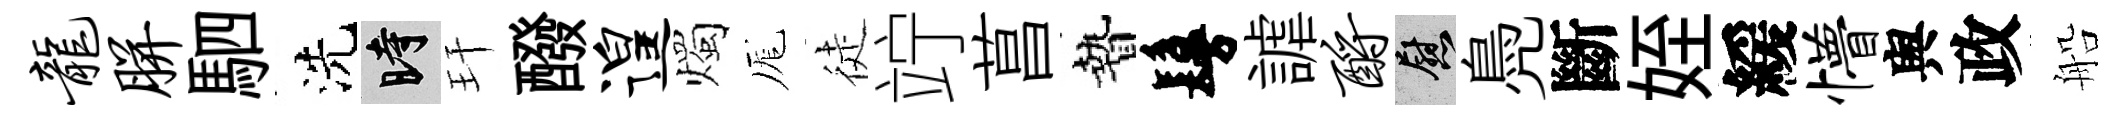
龙胼駟洗时玕醱遑燭厖徒竚菖贄鬘謔酹慰鳧斷姪緩懵舆政船